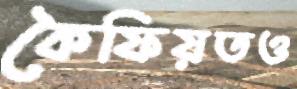
কৈফিয়তও